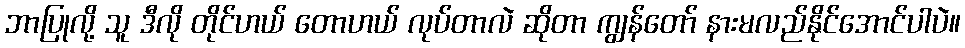
ဘာပြုလို့ သူ ဒီလို တိုင်ဟယ် တောဟယ် လုပ်တာလဲ ဆိုတာ ကျွန်တော် နားမလည်နိုင်အောင်ပါပဲ။